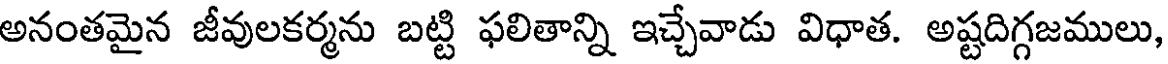
అనంతమైన జీవులకర్మను బట్టి ఫలితాన్ని ఇచ్చేవాడు విధాత. అష్టదిగ్గజములు,